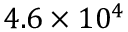
4 . 6 \times 1 0 ^ { 4 }